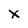
Character: x